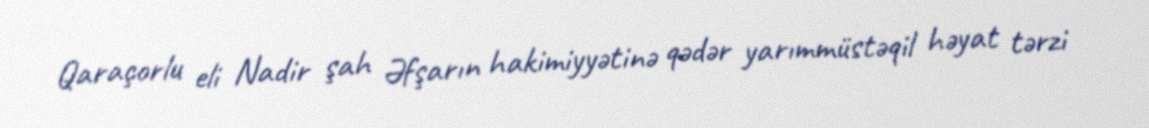
Qaraçorlu eli Nadir şah Əfşarın hakimiyyətinə qədər yarımmüstəqil həyat tərzi